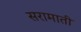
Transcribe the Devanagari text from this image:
सरामाती